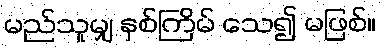
မည်သူမျှ နှစ်ကြိမ် သေ၍ မဖြစ်။